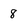
Character: 8